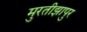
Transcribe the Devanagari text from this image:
मुरतीझापुर